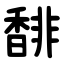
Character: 馡